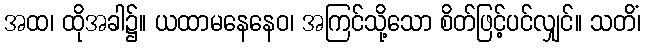
အထ၊ ထိုအခါ၌။ ယထာမနေနေဝ၊ အကြင်သို့သော စိတ်ဖြင့်ပင်လျှင်။ သတိံ၊